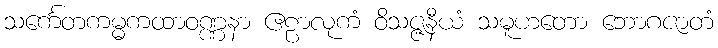
သင်္ကေတကမ္မကထာဝဏ္ဏနာ ဧဠာလုကံ ဝိသဇ္ဇနီယံ သမူဟတော ဘောဂဇာတံ